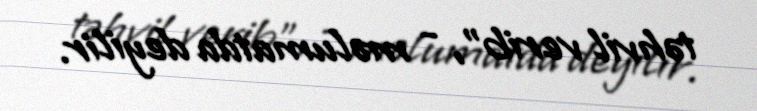
təhvil verib”, - məlumatda deyilir.